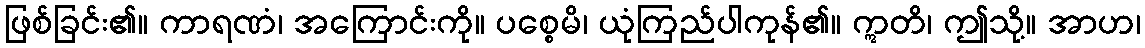
ဖြစ်ခြင်း၏။ ကာရဏံ၊ အကြောင်းကို။ ပစ္စေမိ၊ ယုံကြည်ပါကုန်၏။ ဣတိ၊ ဤသို့။ အာဟ၊